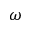
\omega